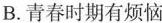
B.青春时期有烦恼